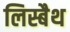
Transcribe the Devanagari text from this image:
लिस्बैथ